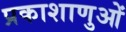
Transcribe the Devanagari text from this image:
प्रकाशाणुओं